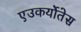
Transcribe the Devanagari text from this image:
एउकर्योतेस